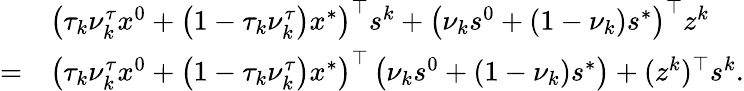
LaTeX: \begin{array}{rl}&{\left(\tau_{k}\nu_{k}^{\tau}x^{0}+\left(1-\tau_{k}\nu_{k}^{\tau}\right)x^{*}\right)^{\top}{s}^{k}+\left(\nu_{k}s^{0}+\left(1-\nu_{k}\right)s^{*}\right)^{\top}z^{k}}\\ {=}&{\left(\tau_{k}\nu_{k}^{\tau}x^{0}+\left(1-\tau_{k}\nu_{k}^{\tau}\right)x^{*}\right)^{\top}\left(\nu_{k}s^{0}+\left(1-\nu_{k}\right)s^{*}\right)+(z^{k})^{\top}s^{k}.}\end{array}